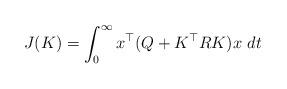
LaTeX: \begin{align*}J(K) = \int_{0}^{\infty} x^{\top}(Q + K^{\top} R K) x \ dt\end{align*}